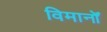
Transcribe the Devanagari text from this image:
विमानोँ